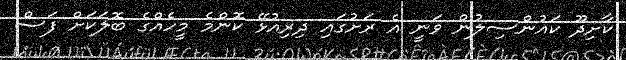
ކާށިދޫ ކައުންސިލުން ވަނީ އެ ރަށުގައި ދިރިއުޅޭ ކޮންމެ މީހެއްގެ ބޮލަކަށް ފަސް